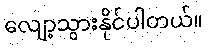
လျော့သွားနိုင်ပါတယ်။